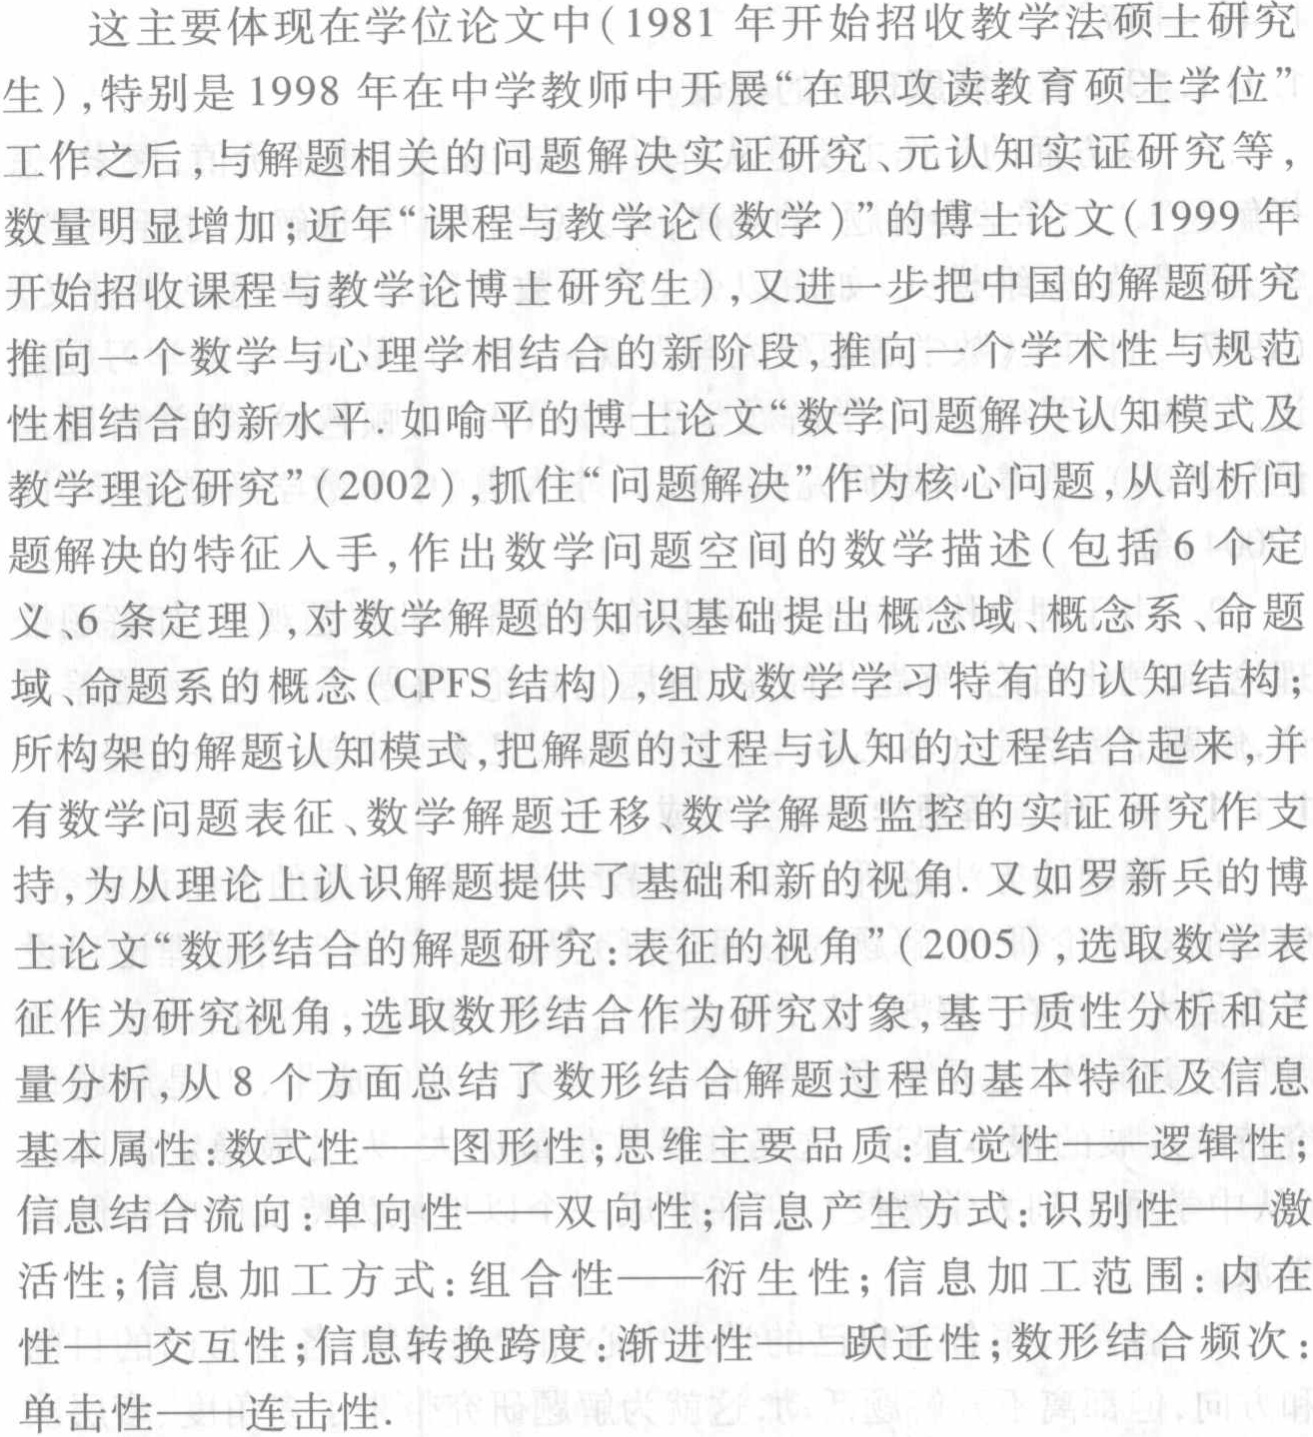
这主要体现在学位论文中(1981 年开始招收教学法硕士研究
生),特别是 1998 年在中学教师中开展“在职攻读教育硕士学位”
工作之后,与解题相关的问题解决实证研究、元认知实证研究等，
数量明显增加;近年“课程与教学论(数学)”的博士论文(1999 年
开始招收课程与教学论博士研究生),又进一步把中国的解题研究
推向一个数学与心理学相结合的新阶段,推向一个学术性与规范
性相结合的新水平. 如喻平的博士论文“数学问题解决认知模式及
教学理论研究”(2002),抓住“问题解决”作为核心问题,从剖析问
题解决的特征人手,作出数学问题空间的数学描述(包括 6 个定
义、6 条定理),对数学解题的知识基础提出概念域、概念系、命题
域、命题系的概念(CPFS 结构),组成数学学习特有的认知结构；
所构架的解题认知模式,把解题的过程与认知的过程结合起来,并
有数学问题表征、数学解题迁移、数学解题监控的实证研究作支
持,为从理论上认识解题提供了基础和新的视角. 又如罗新兵的博
士论文“数形结合的解题研究：表征的视角”(2005),选取数学表
征作为研究视角,选取数形结合作为研究对象,基于质性分析和定
量分析,从 8 个方面总结了数形结合解题过程的基本特征及信息
基本属性:数式性——图形性;思维主要品质:直觉性——逻辑性；
信息结合流向:单向性——双向性;信息产生方式:识别性——激
活性;信息加工方式:组合性——衍生性;信息加工范围:内在
性——交互性;信息转换跨度:渐进性——跃迁性;数形结合频次：
单击性——连击性.